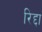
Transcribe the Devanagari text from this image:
रिद्दा